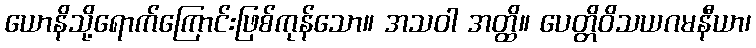
ယောနိသို့ရောက်ကြောင်းဖြစ်ကုန်သော။ အသဝါ အတ္ထိ။ ပေတ္တိဝိသယဂမနီယာ၊